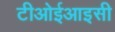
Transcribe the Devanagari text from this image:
टीओईआइसी